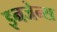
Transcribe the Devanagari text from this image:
इनजेन्स